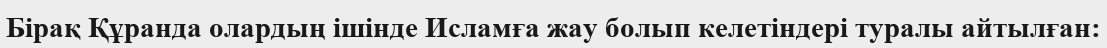
Бірақ Құранда олардың ішінде Исламға жау болып келетіндері туралы айтылған: